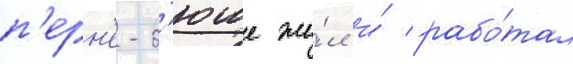
п'ерн'е-д'юше жи́л и́ рабо́тал